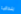
بندقية